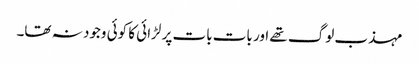
مہذب لوگ تھے اور بات بات پر لڑائی کا کوئی وجود نہ تھا۔